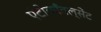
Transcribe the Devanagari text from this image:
एंटीकाँवल्सेंट